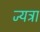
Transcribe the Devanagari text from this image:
ज्यत्रा